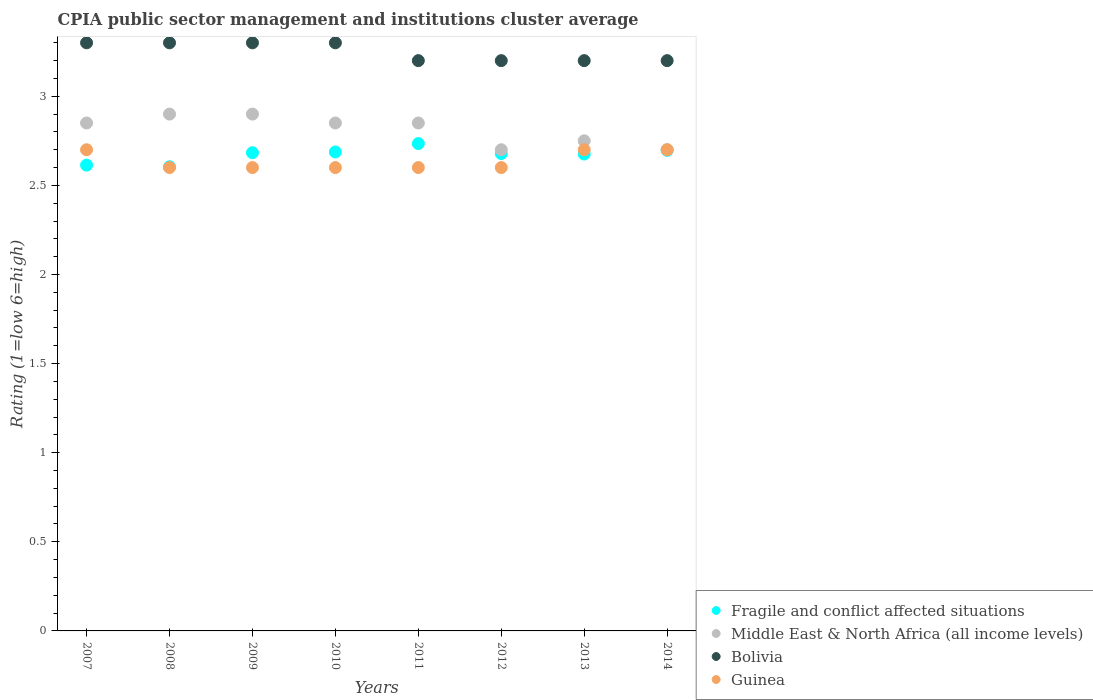
| Years | Fragile and conflict affected situations | Middle East & North Africa (all income levels) | Bolivia | Guinea |
 | --- | --- | --- | --- | --- |
 | 2007 | 2.61 | 2.85 | 3.3 | 2.7 |
 | 2008 | 2.6 | 2.9 | 3.3 | 2.6 |
 | 2009 | 2.68 | 2.9 | 3.3 | 2.6 |
 | 2010 | 2.69 | 2.85 | 3.3 | 2.6 |
 | 2011 | 2.73 | 2.85 | 3.2 | 2.6 |
 | 2012 | 2.68 | 2.7 | 3.2 | 2.6 |
 | 2013 | 2.68 | 2.75 | 3.2 | 2.7 |
 | 2014 | 2.7 | 2.7 | 3.2 | 2.7 |